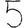
Digit: 5